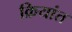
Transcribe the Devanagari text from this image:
क्रियांत